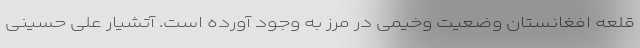
قلعه افغانستان وضعیت وخیمی در مرز به وجود آورده است. آتشیار علی حسینی